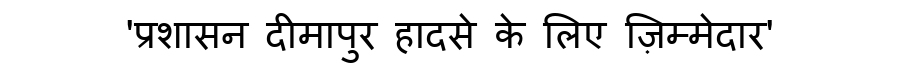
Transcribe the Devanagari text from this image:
'प्रशासन दीमापुर हादसे के लिए ज़िम्मेदार'